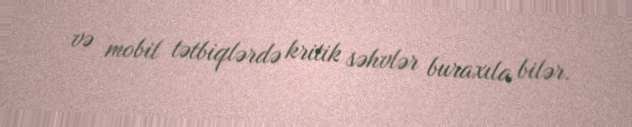
və mobil tətbiqlərdə kritik səhvlər buraxıla bilər.